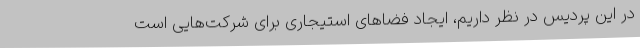
در این پردیس در نظر داریم، ایجاد فضاهای استیجاری برای شرکت‌هایی است